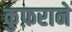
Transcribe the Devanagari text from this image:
कुफ़राने